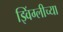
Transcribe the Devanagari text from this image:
झ्विंग्लीच्या